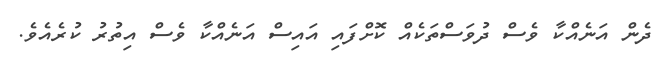
ދެން އަނެއްކާ ވެސް ދުވަސްތަކެއް ކޮށްފައި އައިސް އަނެއްކާ ވެސް އިތުރު ކުރެއެވެ.